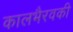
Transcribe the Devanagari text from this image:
कालभैरवकी